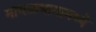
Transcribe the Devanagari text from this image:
मावळभागामध्ये